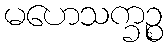
မဟေသက္ခဉ္စ